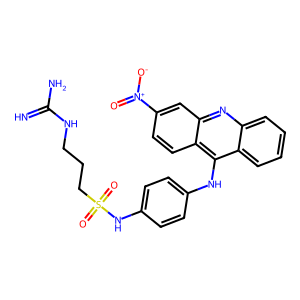
SMILES: N=C(N)NCCCS(=O)(=O)Nc1ccc(Nc2c3ccccc3nc3cc([N+](=O)[O-])ccc23)cc1
Inhibits HIV replication: No